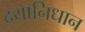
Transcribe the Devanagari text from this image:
दयानिधान